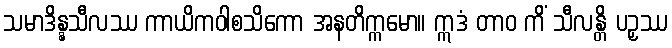
သမာဒိန္နသီလဿ ကာယိကဝါစသိကော အနတိက္ကမော။ ဣဒံ တာဝ ကိံ သီလန္တိ ပဉှဿ